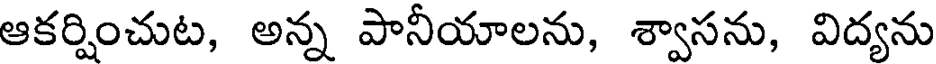
ఆకర్షించుట, అన్న పానీయాలను, శ్వాసను, విద్యను